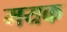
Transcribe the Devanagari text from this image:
मयक